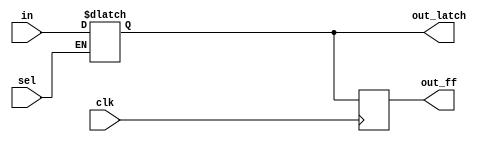
module error_test(clk, in, sel, out_ff, out_latch);
input  clk;
input  in;
input  sel;
output out_ff;
output out_latch;

reg latch;
reg ff;

always @(*) begin
	if (sel) latch = in;
end

always @(posedge clk) begin
	ff <= latch;
end

assign out_ff = ff;
assign out_latch = latch;

endmodule